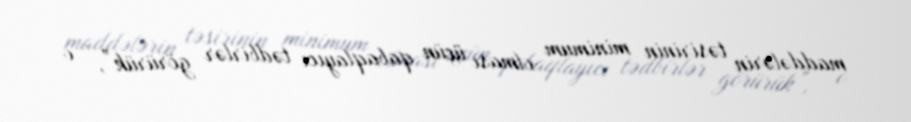
maddələrin təsirinin minimum olması üçün qabaqlayıcı tədbirlər görürük”, - o